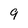
Character: 9